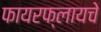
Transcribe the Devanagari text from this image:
फायरफ्लायचे